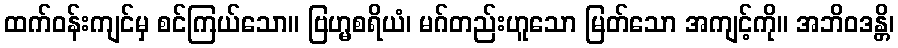
ထက်ဝန်းကျင်မှ စင်ကြယ်သော။ ဗြဟ္မစရိယံ၊ မဂ်တည်းဟူသော မြတ်သော အကျင့်ကို။ အဘိဝဒန္တိ၊